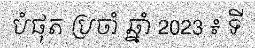
បំផុត ប្រចាំ ឆ្នាំ 2023 ៖ ទី